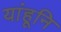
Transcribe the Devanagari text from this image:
यांहूनि